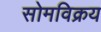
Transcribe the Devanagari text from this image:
सोमविक्रय